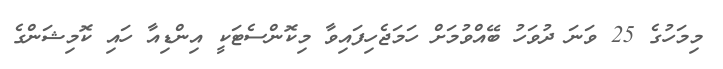
މިމަހުގެ 25 ވަނަ ދުވަހު ބޭއްވުމަށް ހަމަޖެހިފައިވާ މިކޮންސެޓަކީ އިންޑިއާ ހައި ކޮމިޝަންގެ